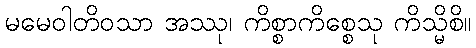
မမေဝါတိဝသာ အဿု၊ ကိစ္စာကိစ္စေသု ကိသ္မိစိ။